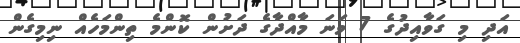
އަދި މި ގަވާއިދުގެ 7 ވަނަ މާއްދާގެ ދަށުން ކޮންމެ ތިންމަހެއް ނިމިގެން